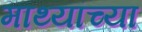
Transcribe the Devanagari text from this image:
माथ्यांच्या